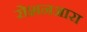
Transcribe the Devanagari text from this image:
रोशनआरा